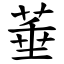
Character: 菙